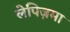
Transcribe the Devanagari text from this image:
लेपिज़मा